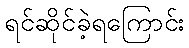
ရင်ဆိုင်ခဲ့ရကြောင်း